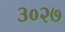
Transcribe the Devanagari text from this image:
३०२७